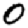
Digit: 0